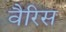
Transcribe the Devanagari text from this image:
वैरिस